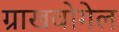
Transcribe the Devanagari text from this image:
ग्राखवोगेल